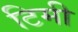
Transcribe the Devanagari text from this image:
टिमी